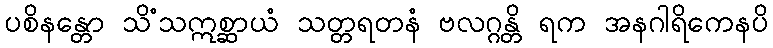
ပစိနန္တော သိံသဣစ္ဆာယံ သတ္တရတနံ ဗလဂ္ဂန္တိ ရက အနဂါရိကေနပိ